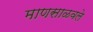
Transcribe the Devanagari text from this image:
माणसाळवले